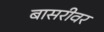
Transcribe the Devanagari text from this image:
बासरीवर